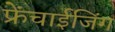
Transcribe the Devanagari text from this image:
फ्रेंचाईजिंग